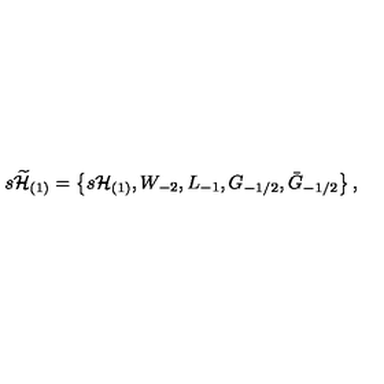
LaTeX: s \widetilde { { \cal H } } _ { ( 1 ) } = \left\{ s { \cal H } _ { ( 1 ) } , W _ { - 2 } , L _ { - 1 } , G _ { - 1 / 2 } , \bar { G } _ { - 1 / 2 } \right\} ,